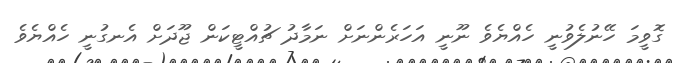
ގޮވީމަ ހޭނުލެވުނީ ހެއްޔެވެ ނޫނީ އަހަރެންނަށް ނަމާދު ޗުއްޓީކަން ޖޫދަށް އެނގުނީ ހެއްޔެވެ